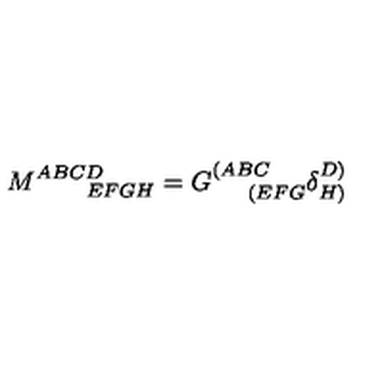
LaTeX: M _ { \qquad E F G H } ^ { A B C D } = G _ { \quad \ ( E F G } ^ { ( A B C } \delta _ { H ) } ^ { D ) } \label D